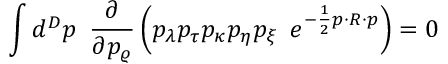
\int d ^ { D } p \, \, \, \frac { \partial } { \partial p _ { \varrho } } \left( p _ { \lambda } p _ { \tau } p _ { \kappa } p _ { \eta } p _ { \xi } \, \, \, e ^ { - \frac { 1 } { 2 } p \cdot R \cdot p } \right) = 0